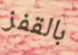
بالقفز